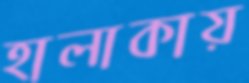
হালাকায়